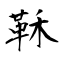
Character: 鞂